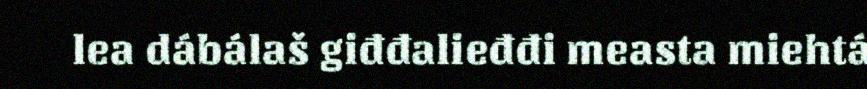
lea dábálaš giđđalieđđi measta miehtá